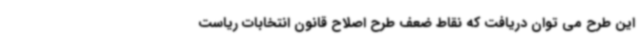
این طرح می توان دریافت که نقاط ضعف طرح اصلاح قانون انتخابات ریاست